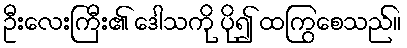
ဦးလေးကြီး၏ ဒေါသကို ပို၍ ထကြွစေသည်။